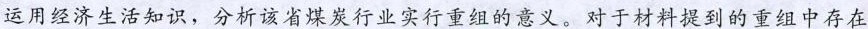
运用经济生活知识，分析该省煤炭行业实行重组的意义。对于材料提到的重组中存在